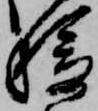
移